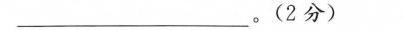
___。(2分)